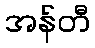
အန်တီ